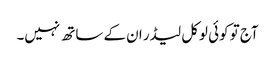
آج تو کوئی لوکل لیڈر ان کے ساتھ نہیں۔